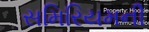
સમિરિયમની